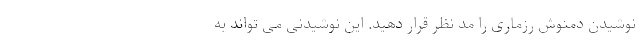
نوشیدن دمنوش رزماری را مد نظر قرار دهید. این نوشیدنی می تواند به